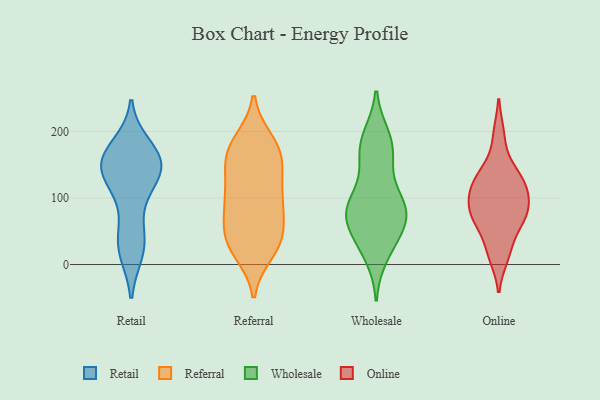
{"axis": {"x": "Revenue (USD Million)", "y": "Value"}, "legend": ["Online", "Referral", "Retail", "Wholesale"], "data": [{"x": "", "y": 122, "type": "Retail"}, {"x": "", "y": 142, "type": "Retail"}, {"x": "", "y": 166, "type": "Retail"}, {"x": "", "y": 158, "type": "Retail"}, {"x": "", "y": 138, "type": "Retail"}, {"x": "", "y": 34, "type": "Retail"}, {"x": "", "y": 21, "type": "Retail"}, {"x": "", "y": 177, "type": "Retail"}, {"x": "", "y": 93, "type": "Retail"}, {"x": "", "y": 135, "type": "Retail"}, {"x": "", "y": 20, "type": "Retail"}, {"x": "", "y": 154, "type": "Retail"}, {"x": "", "y": 149, "type": "Retail"}, {"x": "", "y": 163, "type": "Retail"}, {"x": "", "y": 44, "type": "Retail"}, {"x": "", "y": 181, "type": "Referral"}, {"x": "", "y": 91, "type": "Referral"}, {"x": "", "y": 166, "type": "Referral"}, {"x": "", "y": 116, "type": "Referral"}, {"x": "", "y": 40, "type": "Referral"}, {"x": "", "y": 185, "type": "Referral"}, {"x": "", "y": 45, "type": "Referral"}, {"x": "", "y": 38, "type": "Referral"}, {"x": "", "y": 38, "type": "Referral"}, {"x": "", "y": 98, "type": "Referral"}, {"x": "", "y": 21, "type": "Referral"}, {"x": "", "y": 176, "type": "Referral"}, {"x": "", "y": 87, "type": "Referral"}, {"x": "", "y": 19, "type": "Referral"}, {"x": "", "y": 158, "type": "Referral"}, {"x": "", "y": 152, "type": "Referral"}, {"x": "", "y": 105, "type": "Referral"}, {"x": "", "y": 142, "type": "Referral"}, {"x": "", "y": 70, "type": "Referral"}, {"x": "", "y": 77, "type": "Wholesale"}, {"x": "", "y": 90, "type": "Wholesale"}, {"x": "", "y": 43, "type": "Wholesale"}, {"x": "", "y": 183, "type": "Wholesale"}, {"x": "", "y": 182, "type": "Wholesale"}, {"x": "", "y": 97, "type": "Wholesale"}, {"x": "", "y": 85, "type": "Wholesale"}, {"x": "", "y": 158, "type": "Wholesale"}, {"x": "", "y": 155, "type": "Wholesale"}, {"x": "", "y": 74, "type": "Wholesale"}, {"x": "", "y": 80, "type": "Wholesale"}, {"x": "", "y": 15, "type": "Wholesale"}, {"x": "", "y": 52, "type": "Wholesale"}, {"x": "", "y": 30, "type": "Wholesale"}, {"x": "", "y": 85, "type": "Wholesale"}, {"x": "", "y": 191, "type": "Wholesale"}, {"x": "", "y": 96, "type": "Online"}, {"x": "", "y": 72, "type": "Online"}, {"x": "", "y": 70, "type": "Online"}, {"x": "", "y": 77, "type": "Online"}, {"x": "", "y": 132, "type": "Online"}, {"x": "", "y": 12, "type": "Online"}, {"x": "", "y": 64, "type": "Online"}, {"x": "", "y": 142, "type": "Online"}, {"x": "", "y": 24, "type": "Online"}, {"x": "", "y": 195, "type": "Online"}, {"x": "", "y": 113, "type": "Online"}, {"x": "", "y": 123, "type": "Online"}, {"x": "", "y": 104, "type": "Online"}]}